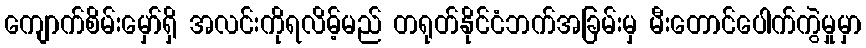
ကျောက်စိမ်းမှော်ရှိ အလင်းကိုရလိမ့်မည် တရုတ်နိုင်ငံဘက်အခြမ်းမှ မီးတောင်ပေါက်ကွဲမှုမှာ